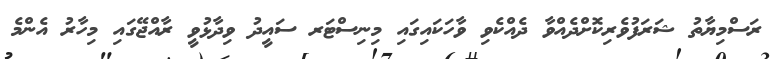
ރަސްމިޔާތު ޝަރަފުވެރިކޮށްދެއްވާ ދެއްކެވި ވާހަކައިގައި މިނިސްޓަރ ސައީދު ވިދާޅުވީ ރާއްޖޭގައި މިހާރު އެންމެ